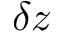
\delta z